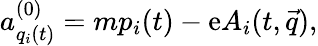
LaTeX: a_{q_{i}(t)}^{(0)}=mp_{i}(t)-\mathrm{e}A_{i}(t,\vec{{q}}),